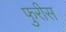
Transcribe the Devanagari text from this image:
फुरीस